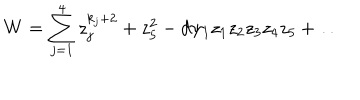
W = \sum _ { j = 1 } ^ { 4 } z _ { j } ^ { k _ { j } + 2 } + z _ { 5 } ^ { 2 } - d \psi _ { 1 } z _ { 1 } z _ { 2 } z _ { 3 } z _ { 4 } z _ { 5 } + \dots